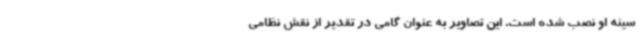
سینه او نصب شده است. این تصاویر به عنوان گامی در تقدیر از نقش نظامی